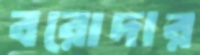
বরোদার